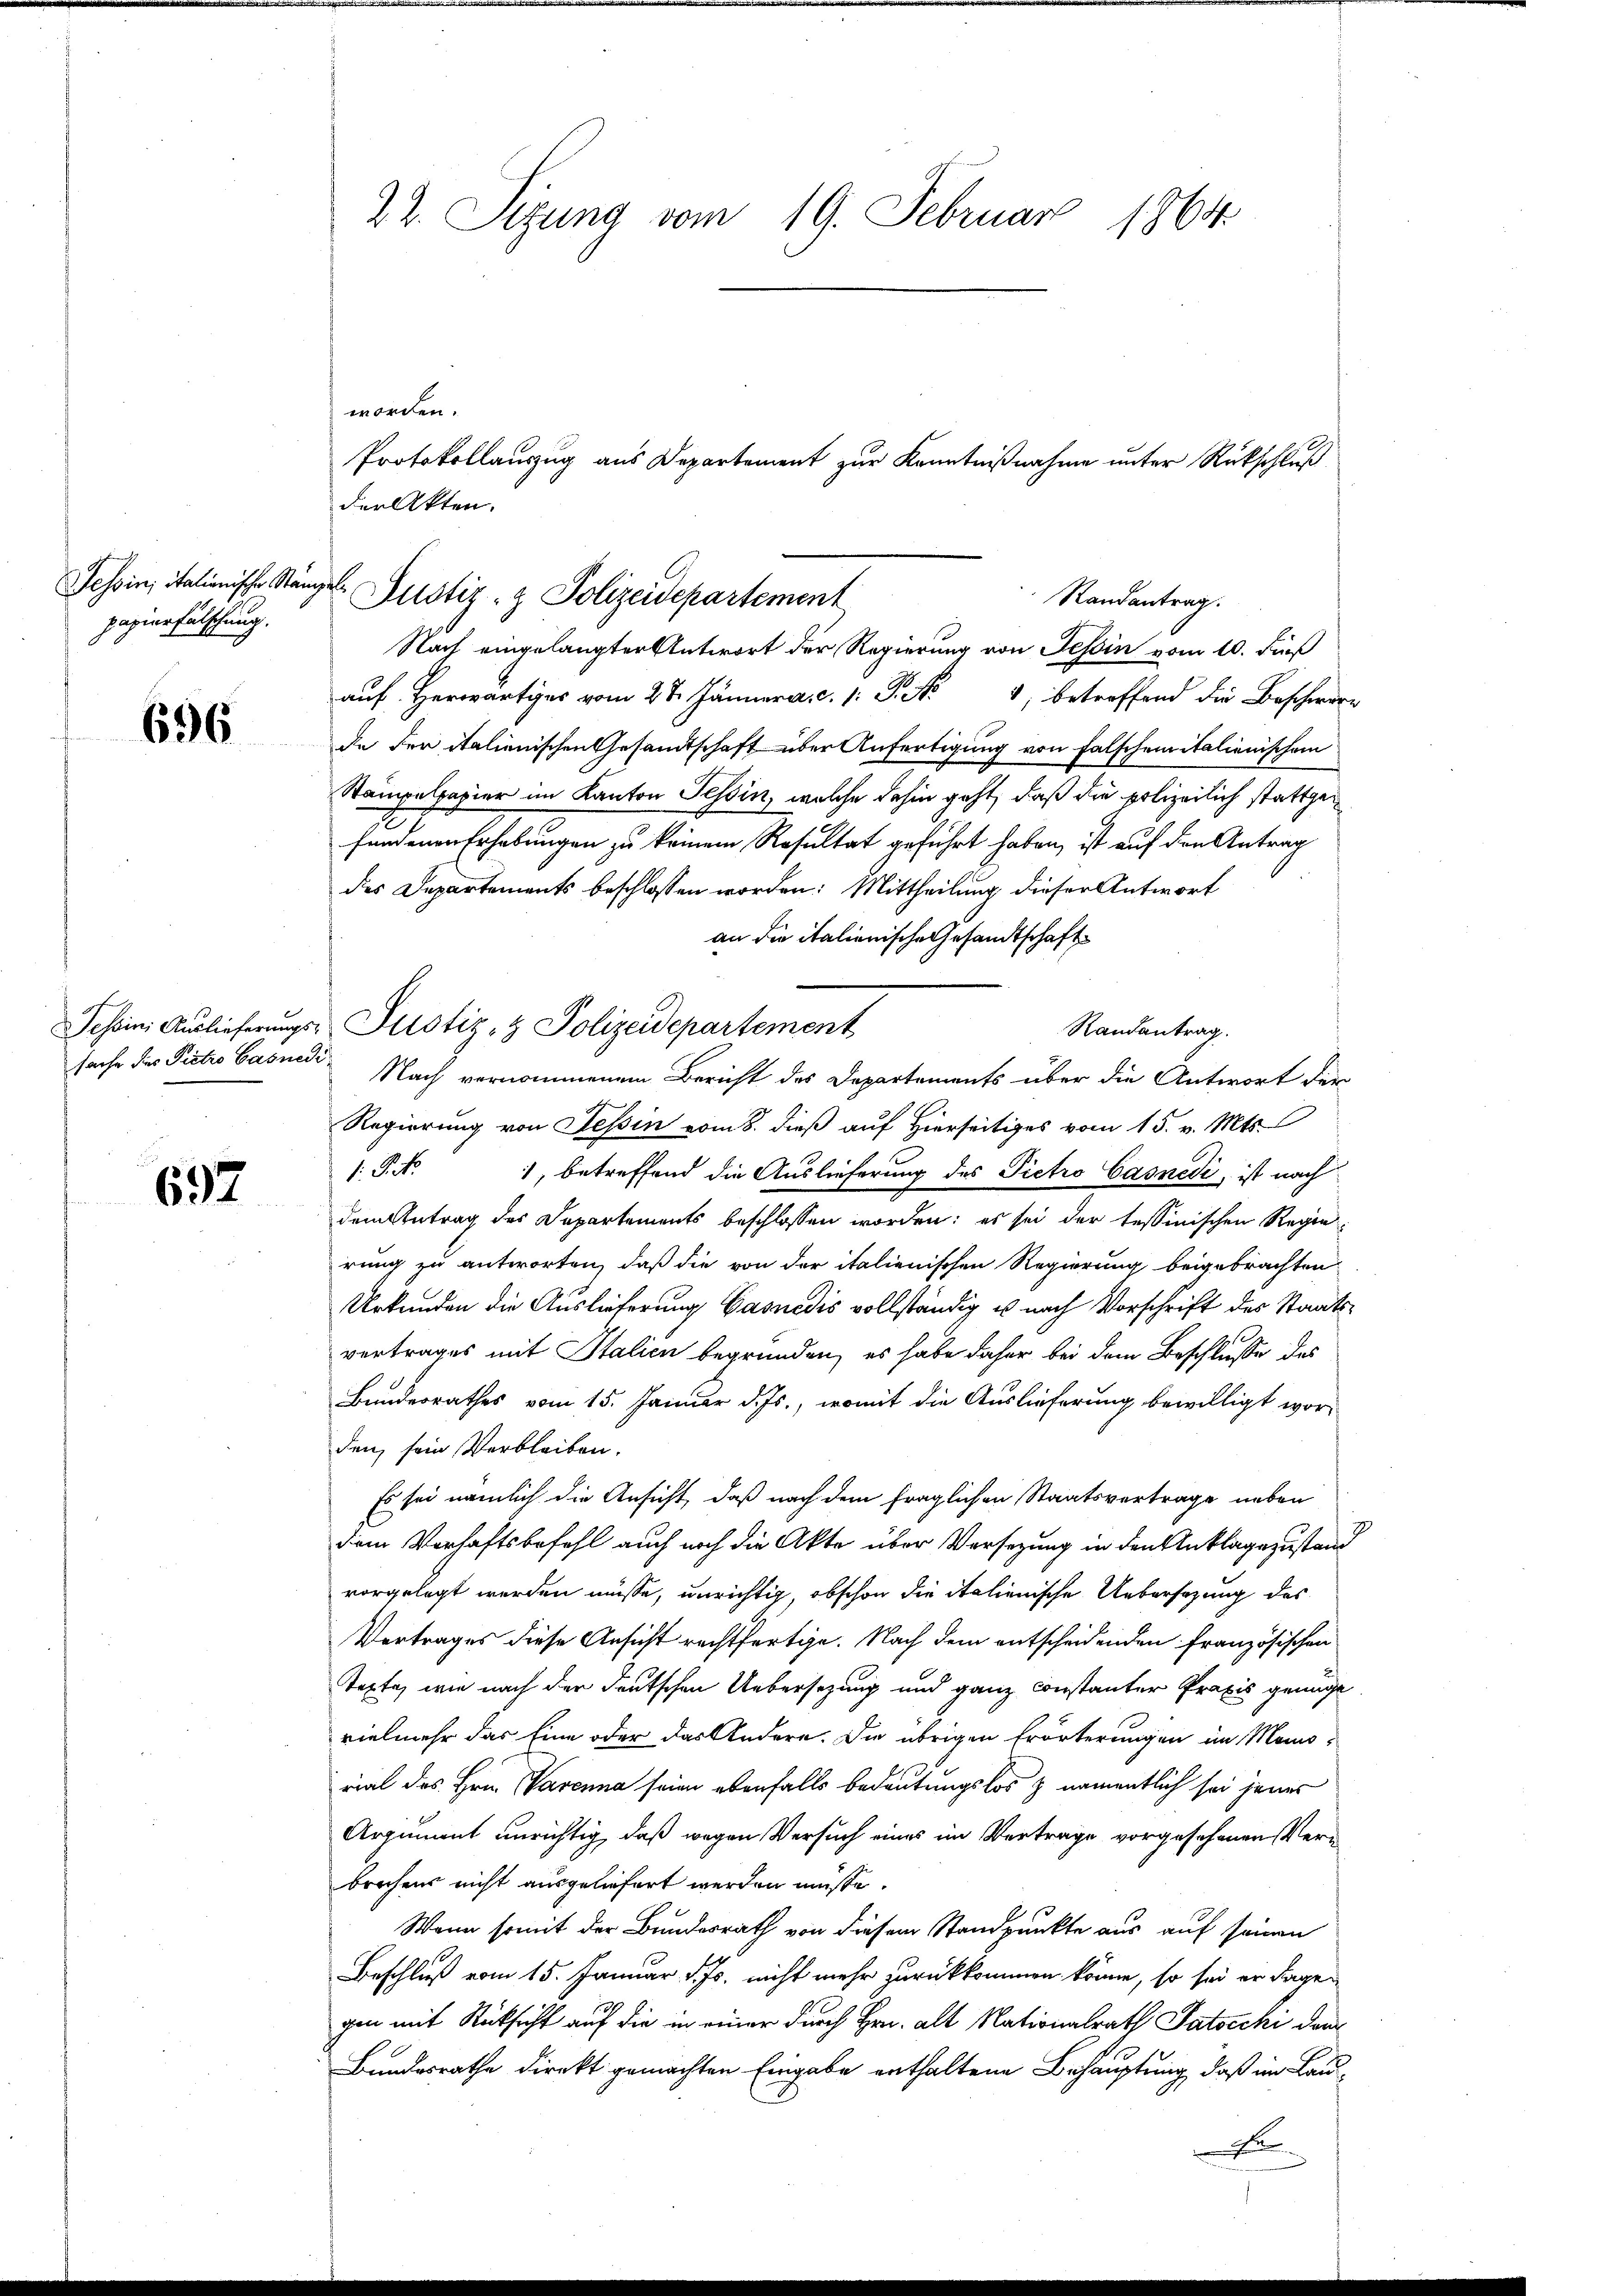
Tessin, itationische Stänpapierfälschung.

696

sache des Pietro Casnedi

697

22. Sizung vom 19. Februar 1864

worden.
der Akten.

ie Justiz- & Polizeidepartement
Randantrag.

Nach eingelangter Antwort der Regierung von Tessin vom 10. Fuß
auf Herwärtiges vom 27. Jänner a. c. 1: P. Nr. 4, betreffend die Beschwere
de der italienischen Gesandtschaft über Anfertigung von falschein italienischem
Stampelpapier im Kanton Tessin, welche dahin geht, daß die polizeilich stattgefundenen Erhebungen zu keinem Resultat geführt haben, ist auf den Antrag
des Departements beschlossen worden: Mittheilung dieser Antwort
an die italienische Gesandtschaft
Randantrag.
Nach vernommenem Bericht des Departements über die Antwort der
Regierung von Tessin vom 8. dieß auf Hierseitiges vom 15. v. Mts.
1. P. M.
), betreffend die Auslieferung des Pietro Casnedi, ist nach
dem Antrag des Departements beschlossen worden; es sei der tessinischen Regen
rung zu antworten, daß die von der italienischen Regierung beigebrachten
Urkunden die Auslieferung Gasnedis vollständig u nach Vorschrift des Staatsvertrages mit Italien begründen, es habe daher bei dem Beschlusse des
Bundesrathes vom 15. Januar d. Js., womit die Auslieferung bewilligt wor-
den, sein Verbleiben.
Es sei nämlich die Ansicht, daß nach dem fraglichen Staatsvertrage neben
dem Vorhaftsbefehl auch noch die Akte über Versezung in den Anklagezustand
vorgelegt werden müsse, unrichtig, obschon die italienische Uebersezung des
Vertrages diese Ansicht rechtfertige. Nach dem entscheidenden Französischen
Texte, wie nach der deutschen Uebersezung und ganz constanter Praxis genügt
vielmehr das Eine oder das Andere. Die übrigen Erörterungen im Mono-
rial des Hrn. Parenna seien ebenfalls bedeutungslos & namentlich sei jenes
Argument unrichtig, daß wegen Versuch eines im Vertrage vorgesehenen Veru
brochens nicht ausgeliefert werden müsse.
Wenn somit der Bundesrath von diesem Standpunkte aus auf seinen
Beschluß vom 15. Januar d. Js. nicht mehr zurückkommen könne, so sei er dagegen mit Rücksicht auf die in einer durch Hrn. alt Nationalrath Patocchi dem
Bundesrathe direkt gemachten Eingabe enthaltene Behauptung, daß im Lau¬
.

Tessin Auslieferŭngs-Justiz- & Polizeidepartement

Protokollauszug aus Departement zur Kenntnißnahme unter Rückschluß